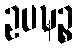
ဥပဍ္ဎဉ္စ